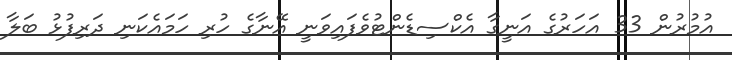
އުމުރުން 33 އަހަރުގެ އަނީގާ އެކްސިޑެންޓުވެފައިވަނީ އޭނާގެ ހުރި ހަމައެކަނި ދަރިފުޅު ބަލާ